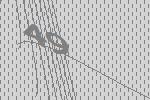
49